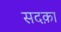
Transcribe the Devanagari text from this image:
सदक़ा